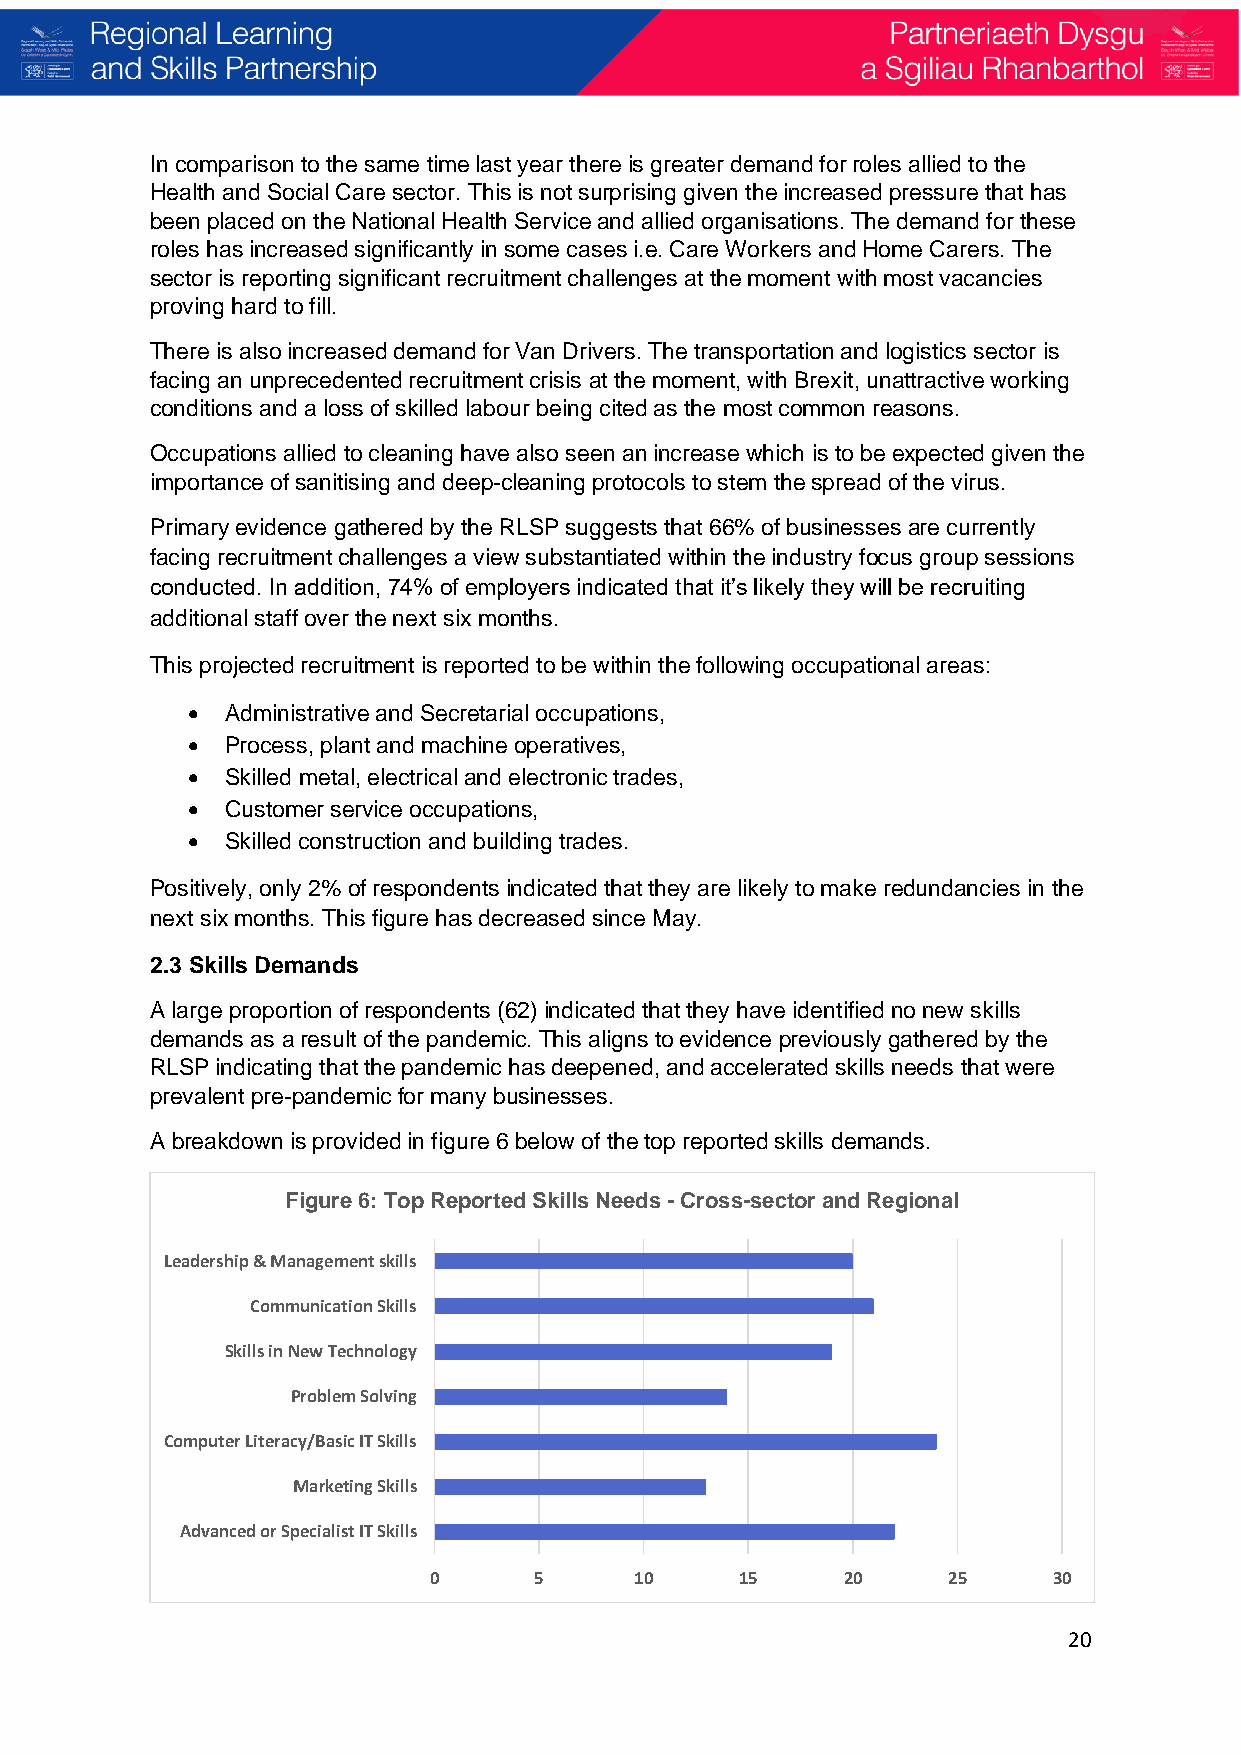
In comparison to the same time last year there is greater demand for roles allied to the
 Health and Social Care sector. This is not surprising given the increased pressure that has
 been placed on the National Health Service and allied organisations. The demand for these
 roles has increased significantly in some cases i.e. Care Workers and Home Carers. The
 sector is reporting significant recruitment challenges at the moment with most vacancies
 proving hard to fill.
 There is also increased demand for Van Drivers. The transportation and logistics sector is
 facing an unprecedented recruitment crisis at the moment, with Brexit, unattractive working
 conditions and a loss of skilled labour being cited as the most common reasons.
 Occupations allied to cleaning have also seen an increase which is to be expected given the
 importance of sanitising and deep-cleaning protocols to stem the spread of the virus.
 Primary evidence gathered by the RLSP suggests that 66% of businesses are currently
 facing recruitment challenges a view substantiated within the industry focus group sessions
 conducted. In addition, 74% of employers indicated that it’s likely they will be recruiting
 additional staff over the next six months.
 This projected recruitment is reported to be within the following occupational areas:
 •  Administrative and Secretarial occupations,
 •  Process, plant and machine operatives,
 •  Skilled metal, electrical and electronic trades,
 •  Customer service occupations,
 •  Skilled construction and building trades.
 Positively, only 2% of respondents indicated that they are likely to make redundancies in the
 next six months. This figure has decreased since May.
 2.3 Skills Demands
 A large proportion of respondents (62) indicated that they have identified no new skills
 demands as a result of the pandemic. This aligns to evidence previously gathered by the
 RLSP indicating that the pandemic has deepened, and accelerated skills needs that were
 prevalent pre-pandemic for many businesses.
 A breakdown is provided in figure 6 below of the top reported skills demands.
 Figure 6: Top Reported Skills Needs -Cross-sector and Regional
 Leadership & Management skills
 Communication Skills
 Skills in New Technology
 Problem Solving
 Computer Literacy/Basic IT Skills
 Marketing Skills
 Advanced or Specialist IT Skills
 0      5      10     15     20     25     30
 20